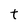
Character: t